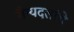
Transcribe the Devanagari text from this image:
सैन्यदलांचे